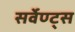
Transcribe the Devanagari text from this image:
सर्वेण्ट्स